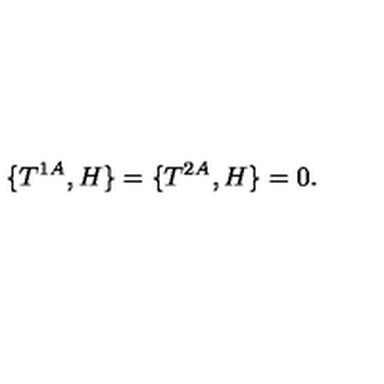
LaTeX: \{ T ^ { 1 A } , H \} = \{ T ^ { 2 A } , H \} = 0 .